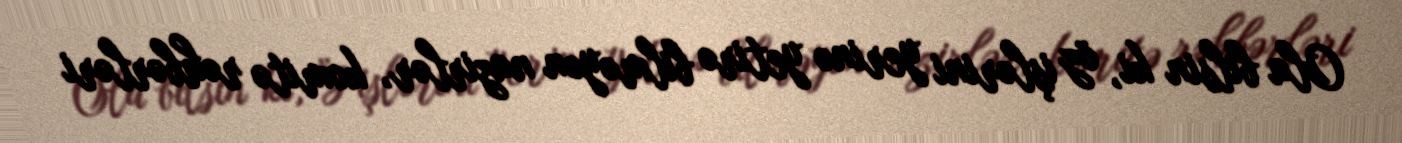
Ola bilsin ki, öz işlərini yerinə yetirə bilməyən nazirlər, komitə rəhbərləri